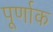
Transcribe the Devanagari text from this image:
पूर्णाक